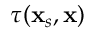
\tau ( \mathbf { x } _ { s } , \mathbf { x } )